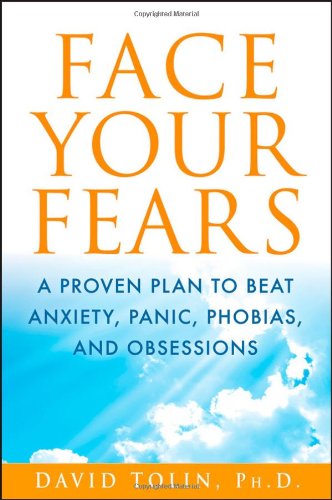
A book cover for Face Your Fears: A Proven Plan to Beat Anxiety, Panic, Phobias, and Obsessions; David F. Tolin; Self-Help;